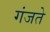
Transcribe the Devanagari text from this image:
गंजते